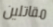
مقاتلين